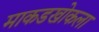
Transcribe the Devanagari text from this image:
माकडखोकला